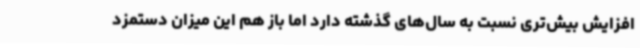
افزایش بیش‌تری نسبت به سال‌های گذشته دارد اما باز هم این میزان دستمزد